Report on enteric fever
Disease focus: Fever
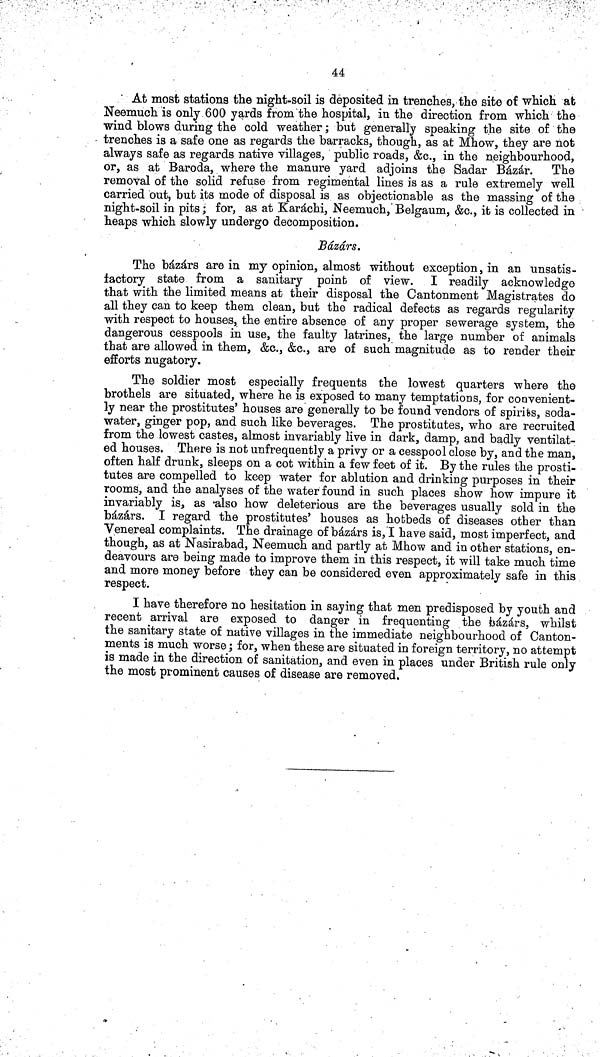
44
At most stations the night-soil is deposited in trenches, the site of which at
Neemuch is only 600 yards from the hospital, in the direction from which the
wind blows during the cold weather; but generally speaking the site of the
trenches is a safe one as regards the barracks, though, as at Mhow, they are not
always safe as regards native villages, public roads, &c., in the neighbourhood,
or, as at Baroda, where the manure yard adjoins the Sadar Bázár. The
removal of the solid refuse from regimental lines is as a rule extremely well
carried out, but its mode of disposal is as objectionable as the massing of the
night-soil in pits; for, as at Karáchi, Neemuch, Belgaum, &c., it is collected in
heaps which slowly undergo decomposition.
Bázárs.
The bázárs are in my opinion, almost without exception, in an unsatis-
factory state from a sanitary point of view. I readily acknowledge
that with the limited means at their disposal the Cantonment Magistrates do
all they can to keep them clean, but the radical defects as regards regularity
with respect to houses, the entire absence of any proper sewerage system, the
dangerous cesspools in use, the faulty latrines, the large number of animals
that are allowed in them, &c., &c., are of such magnitude as to render their
efforts nugatory.
The soldier most especially frequents the lowest quarters where the
brothels are situated, where he is exposed to many temptations, for convenient-
ly near the prostitutes' houses are generally to be found vendors of spirits, soda-
water, ginger pop, and such like beverages. The prostitutes, who are recruited
from the lowest castes, almost invariably live in dark, damp, and badly ventilat-
ed houses. There is not unfrequently a privy or a cesspool close by, and the man,
often half drunk, sleeps on a cot within a few feet of it. By the rules the prosti-
tutes are compelled to keep water for ablation and drinking purposes in their
rooms, and the analyses of the water found in such places show how impure it
invariably is, as also how deleterious are the beverages usually sold in the
bázárs. I regard the prostitutes' houses as hotbeds of diseases other than
Venereal complaints. The drainage of bázárs is, I have said, most imperfect, and
though, as at Nasirabad, Neemuch and partly at Mhow and in other stations, en-
deavours are being made to improve them in this respect, it will take much time
and more money before they can be considered even approximately safe in this
respect.
I have therefore no hesitation in saying that men predisposed by youth and
recent arrival are exposed to danger in frequenting the bázárs, whilst
the sanitary state of native villages in the immediate neighbourhood of Canton-
ments is much worse; for, when these are situated in foreign territory, no attempt
is made in the direction of sanitation, and even in places under British rule only
the most prominent causes of disease are removed.